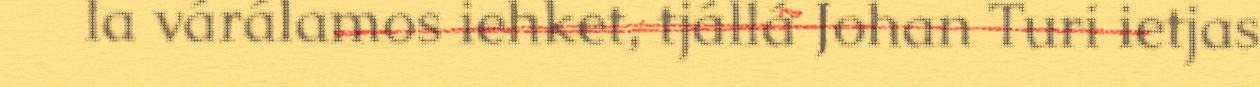
la várálamos iehket, tjállá Johan Turi ietjas